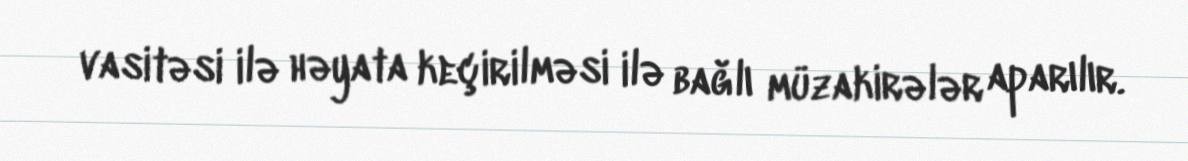
vasitəsi ilə həyata keçirilməsi ilə bağlı müzakirələr aparılır.